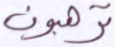
ترهبون